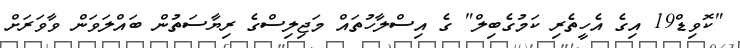
"ކޮވިޑް19 އިގެ އެހީތެރި ކަމުގެބިލް" ގެ އިސްލާހުތައް މަޖިލިސްގެ ރިޔާސަތުން ބައްލަވަން ވާވަރަށް